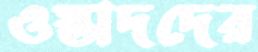
ওস্তাদদের